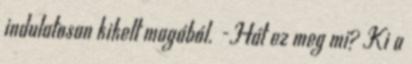
indulatosan kikelt magából. -Hát ez meg mi? Ki a